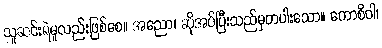
သူဆင်းရဲမူလည်းဖြစ်စေ။ အညော၊ ဆိုအပ်ပြီးသည်မှတပါးသော။ ကောစိဝါ၊